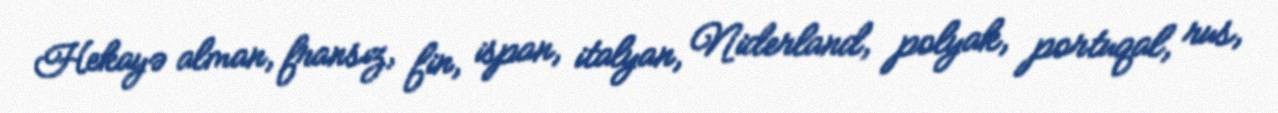
Hekayə alman, fransız, fin, ispan, italyan, Niderland, polyak, portuqal, rus,